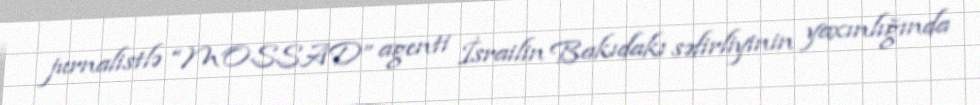
jurnalistlə “MOSSAD” agenti İsrailin Bakıdakı səfirliyinin yaxınlığında